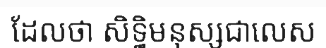
ដែលថា សិទ្ធិមនុស្សជាលេស